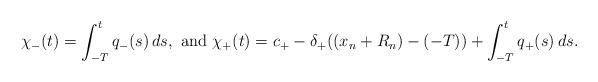
\begin{align*}\chi_- (t) = \int_{-T}^t q_-(s) \, ds,\ \textrm{and}\ \chi_+(t) = c_+ - \delta_+((x_n + R_n) - (-T))+ \int_{-T}^t q_+(s)\, ds.\end{align*}